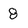
Character: 8